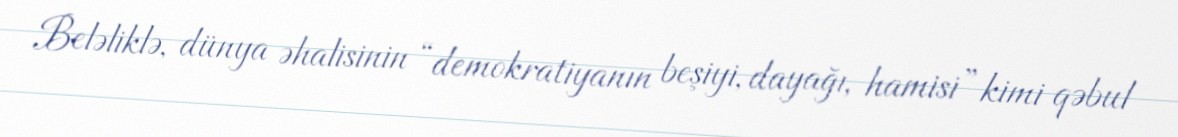
Beləliklə, dünya əhalisinin “demokratiyanın beşiyi, dayağı, hamisi” kimi qəbul